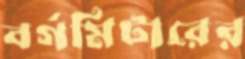
বর্গমিটারের